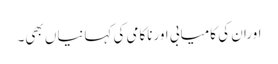
اوران کی کامیابی اورناکامی کی کہانیاں بھی۔